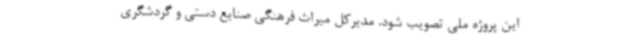
این پروژه ملی تصویب شود. مدیرکل میراث فرهنگی صنایع دستی و گردشگری